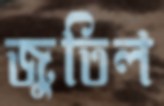
জুতিল